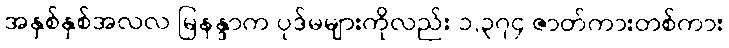
အနှစ်နှစ်အလလ မြနန္ဒာက ပုဒ်မများကိုလည်း ၁,၃၇၄ ဇာတ်ကားတစ်ကား